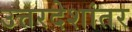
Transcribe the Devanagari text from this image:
उत्तरदेशांतर